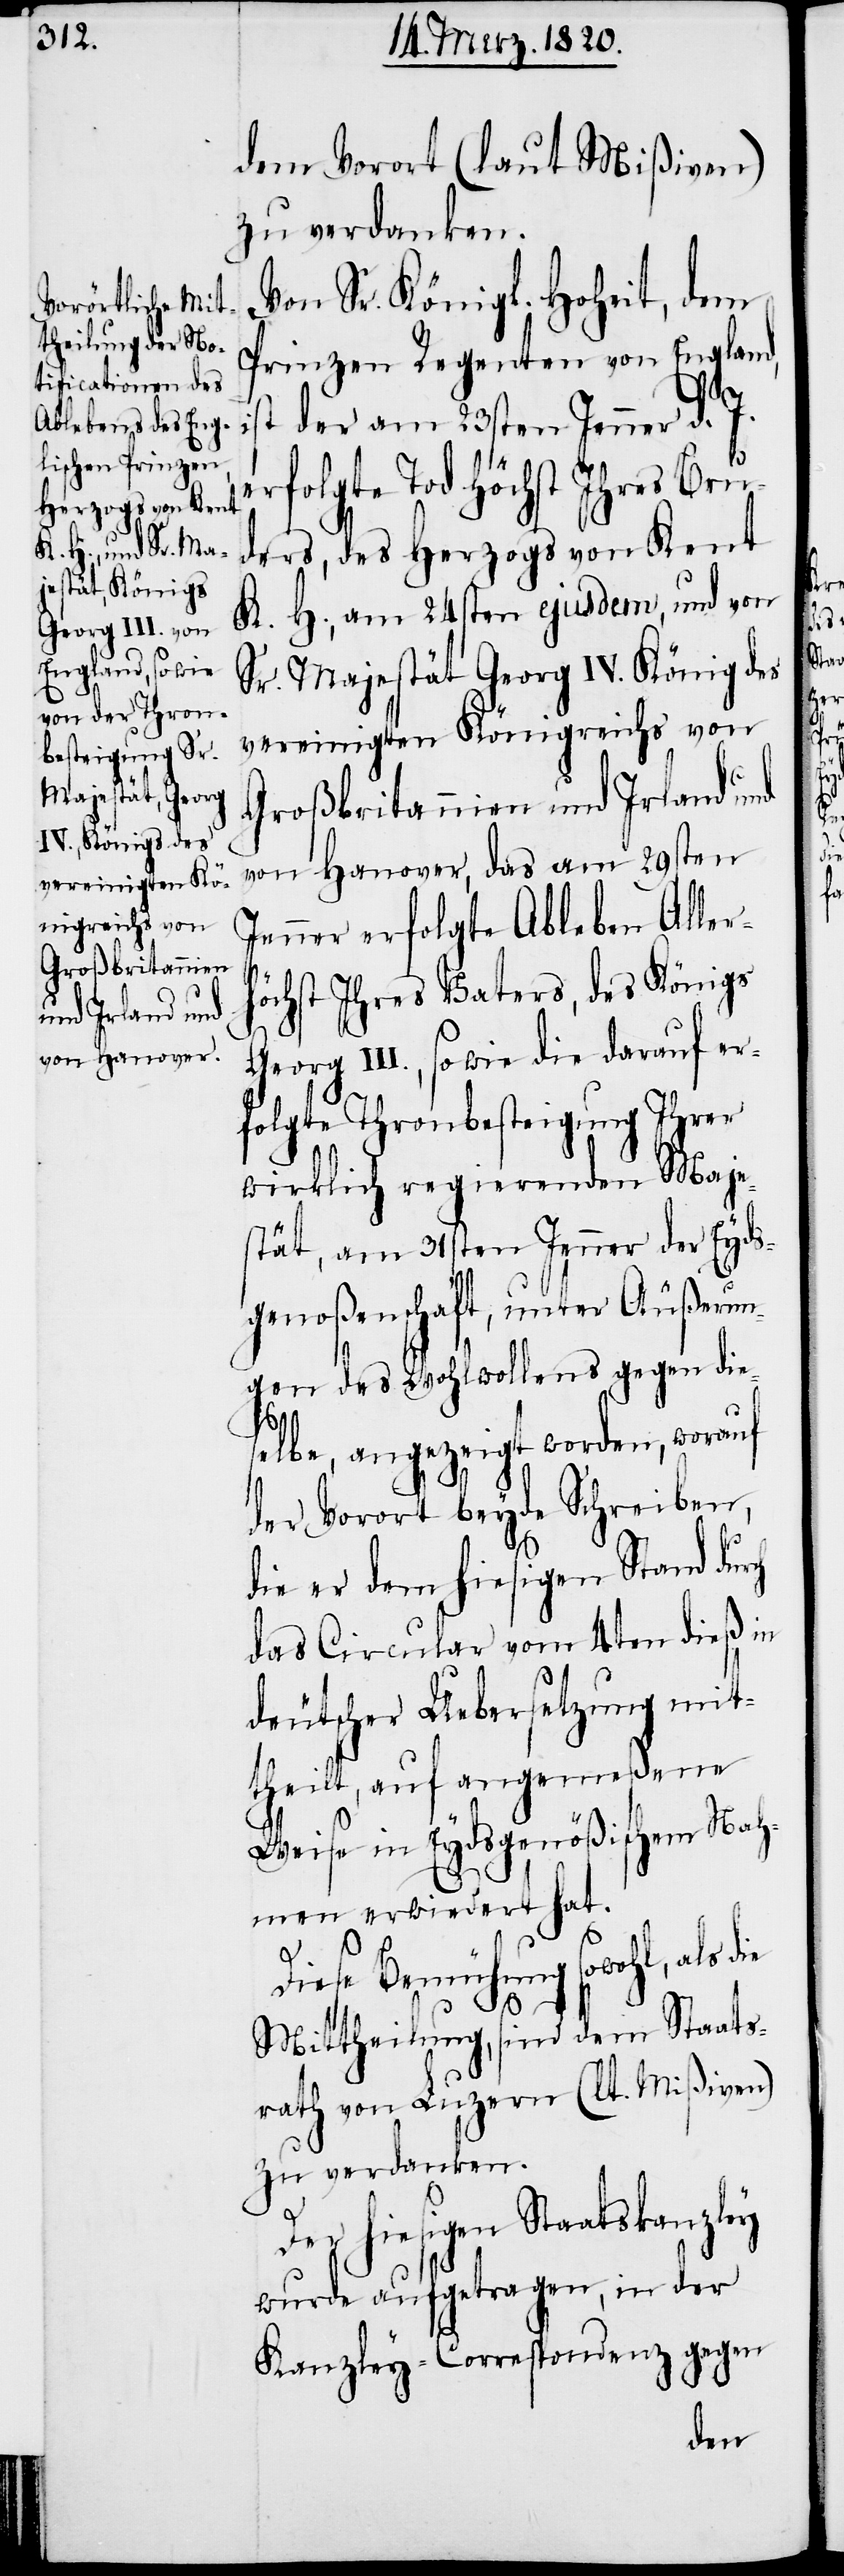
dem Vorort (laut Mißiven)
zu verdanken.
Von Sr. Königl. Hoheit, dem
Prinzen Regenten von England,
ist der am 23sten Jenner d. J.
erfolgte Tod Höchst Ihres Bru¬
ders, des Herzogs von Kent
K. H., am 24sten ejusdem, und von
Sr. Majestät Georg IV. König des
vereinigten Königreichs von
Großbritannien und Irland und
von Hanover, das am 29sten
Jenner erfolgte Ableben Allerh¬
öchst Ihres Vaters, des Königs
Georg III., sowie die darauf er¬
folgte Thronbesteigung Ihrer
wirklich regierenden Maje¬
stät, am 31sten Jenner der Eyds¬
genoßenschaft, unter Äußerun¬
gen des Wohlwollens gegen die¬
selbe, angezeigt worden, worauf
der Vorort beyde Schreiben,
die er dem hiesigen Stand dur¬
das Circular vom 4ten dieß in
deutscher Uebersetzung mit¬
theilt, auf angemeßene
Weise in Eydsgenößischem Nah¬
men erwiedert hat.
ch
Diese Bemühung sowohl, als
Mittheilung, sind dem Staats¬
rath von Luzern (lt Mißiven)
zu verdanken.
Der hiesigen Staatskanzley
wurde aufgetragen, in der
Kanzley-Correspondenz gegen